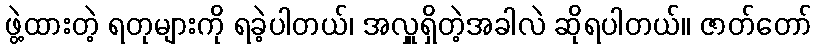
ဖွဲ့ထားတဲ့ ရတုများကို ရခဲ့ပါတယ်၊ အလှူရှိတဲ့အခါလဲ ဆိုရပါတယ်။ ဇာတ်တော်